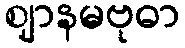
ဈာနမဗုဓာ